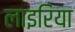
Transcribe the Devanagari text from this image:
लाइरिया